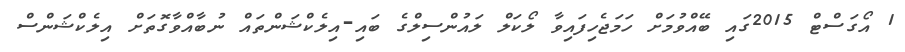
1 އޯގަސްޓް 2015ގައި ބޭއްވުމަށް ހަމަޖެހިފައިވާ ލޯކަލް ލައުންސިލްގެ ބައި-އިލެކްޝަންތައް ނުބާއްވާގޮތަށް އިލެކްޝަންސް